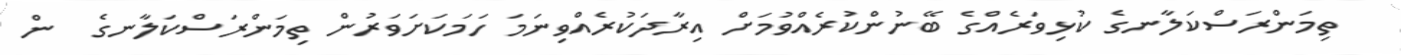
ތިމަންރަސްކަލާނގެ ކުޅިވަރެއްގެ ބޭނުންކުރެއްވުމަށް އިރާދަކުރެއްވިނަމަ ހަމަކަށަވަރުން ތިމަންރަސްކަލާނގެ  ން